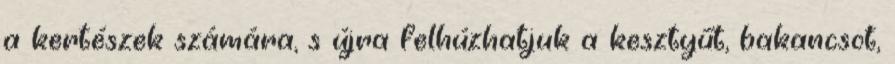
a kertészek számára, s újra felhúzhatjuk a kesztyűt, bakancsot,